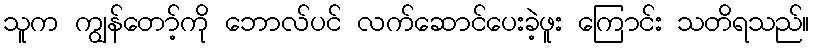
သူက ကျွန်တော့်ကို ဘောလ်ပင် လက်ဆောင်ပေးခဲ့ဖူး ကြောင်း သတိရသည်။